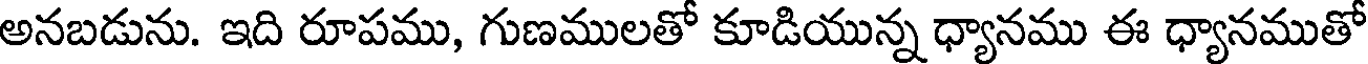
అనబడును. ఇది రూపము, గుణములతో కూడియున్న ధ్యానము ఈ ధ్యానముతో